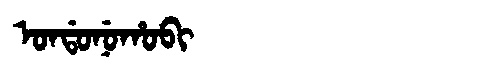
Manchu: ᠣᠨᡩᠣᠨᡠᡥᠣᠪᡳ
Romanization: ONDONUHOBI